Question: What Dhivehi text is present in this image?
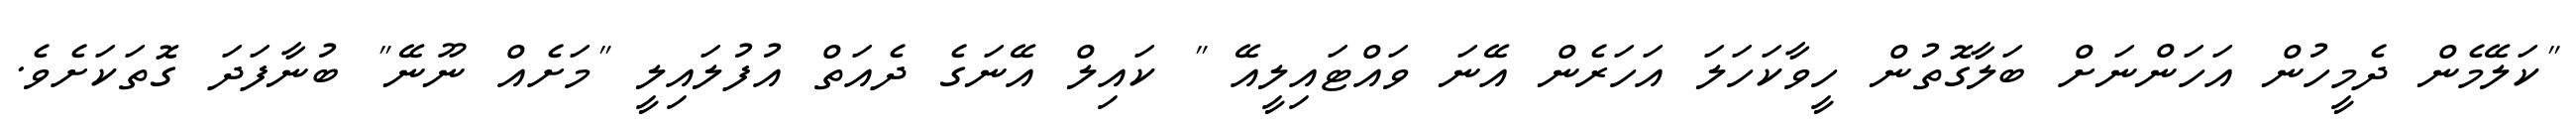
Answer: "ކަލޭމެން ދެމީހުން އަހަންނަށް ބަލާގޮތުން ހީވާކަހަލަ އަހަރެން އޭނަ ވައްޓައިލީއޭ " ކައިލް އޭނަގެ ދެއަތް އުފުލައިލީ "މަށެއް ނޫނޭ" ބުނާފަދަ ގޮތަކަށެވެ.